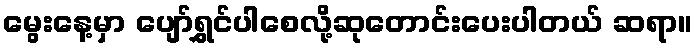
မွေးနေ့မှာ ပျော်ရွှင်ပါစေလို့ဆုတောင်းပေးပါတယ် ဆရာ။